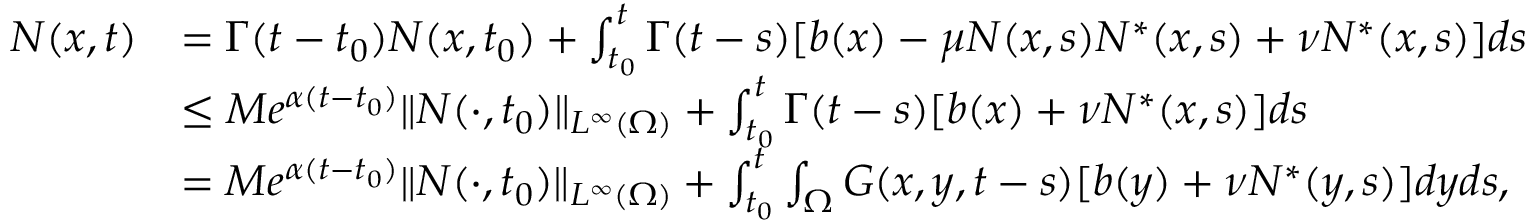
\begin{array} { r l } { N ( x , t ) } & { = \Gamma ( t - t _ { 0 } ) N ( x , t _ { 0 } ) + \int _ { t _ { 0 } } ^ { t } \Gamma ( t - s ) [ b ( x ) - \mu N ( x , s ) N ^ { * } ( x , s ) + \nu N ^ { * } ( x , s ) ] d s } \\ & { \le M e ^ { \alpha ( t - t _ { 0 } ) } \| N ( \cdot , t _ { 0 } ) \| _ { L ^ { \infty } ( \Omega ) } + \int _ { t _ { 0 } } ^ { t } \Gamma ( t - s ) [ b ( x ) + \nu N ^ { * } ( x , s ) ] d s } \\ & { = M e ^ { \alpha ( t - t _ { 0 } ) } \| N ( \cdot , t _ { 0 } ) \| _ { L ^ { \infty } ( \Omega ) } + \int _ { t _ { 0 } } ^ { t } \int _ { \Omega } G ( x , y , t - s ) [ b ( y ) + \nu N ^ { * } ( y , s ) ] d y d s , } \end{array}